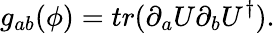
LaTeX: g_{ab}(\phi)=tr(\partial_{a}U\partial_{b}U^{\dagger}).